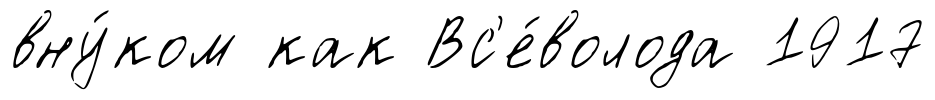
вну́ком как Вс'е́волода 1917